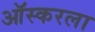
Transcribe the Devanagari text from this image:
ऑस्करला